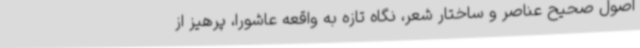
اصول صحیح عناصر و ساختار شعر، نگاه تازه به واقعه عاشورا، پرهیز از